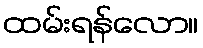
ထမ်းရန်လော။